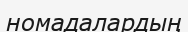
номадалардың